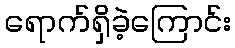
ရောက်ရှိခဲ့ကြောင်း